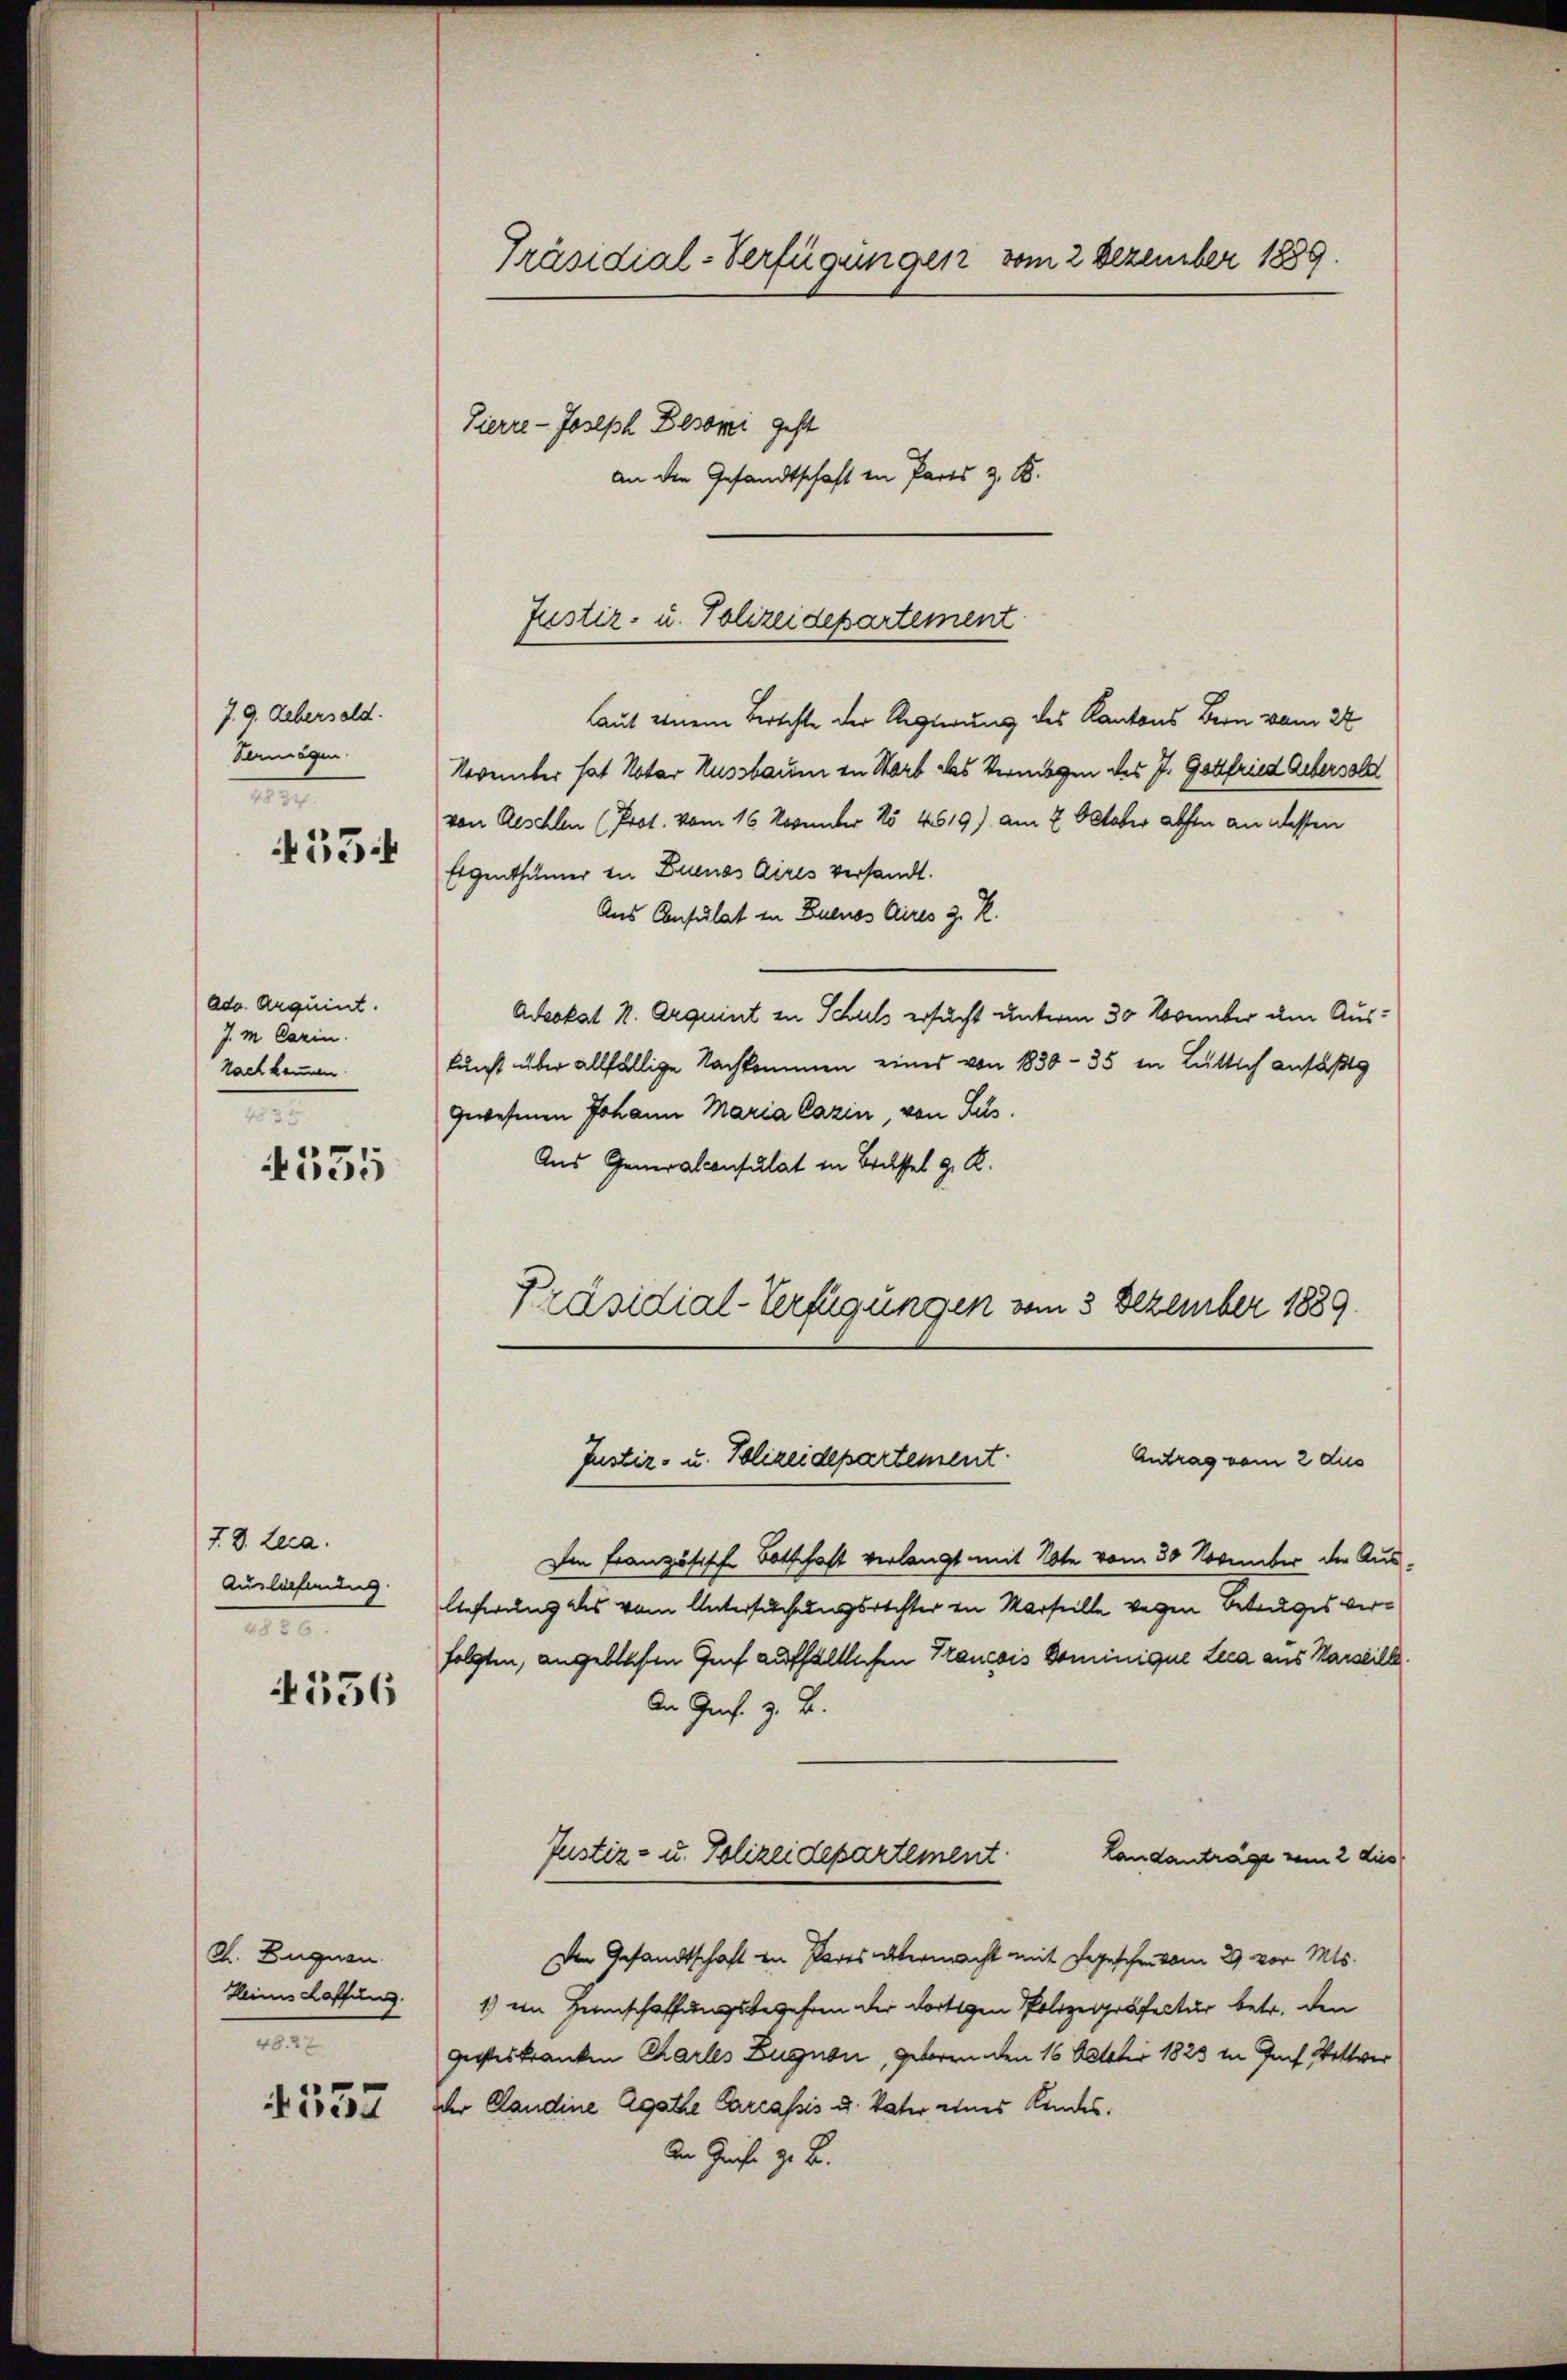
J. 9. Uebersald.
Vermögen.
t
55

ado. Arquint.
J. m Carin.
Nach kennen.
m

355

7. 8. Leca.
Auslechnung
II
4556

K. Eugnen.
Heines Caffung.
M

537

Präsidial-Verfügungen vom 2 Dezember 1889.
Zierre- Joseph Besoni geht
an die Gesandtschaft in Parts z. B.

laut einem Berichte der Regierung des Kantons Bern vom 24
November hat Notar Hussbaum in Worb des Vermögen des J. Gottfried Uebersold
von Aeschlen (Prot. vom 16. November No 4619) am 2. Oktober abhin an dessen
Eigenthümer in Duenos Aires versandt.
Aus Consulat in Buenos Aires z. R.
Adeokat N. Orquint in Schuls ersucht unterm 30 November um Auskunft über allfällige Nachkommen eines von 1830 - 35 in Lütlich anfaßte
gewesenen Johann Maria Cazin, von Sus.
Aus Generalconsulat in Brüssel z. R.
Präsidial-Verfügungen vom 3 Dezember 1889.
Antrag vom 2 die
Justiz- u. Polizeidepartement.
Im Französische Botschaft verlangt mit Note vom 30 November der Auslieferung des vom Untersuchungsrechter in Marseille wegen Betruges verfolgten, angeblichen Genf aufhältlichen Trancois Dominique Lica aus Marseille.
An Ges. z. B.
Justiz- u. Polizeidepartement.
Landanträge vom 2 dies
Der Gesandtschaft in Pares altermacht mit Segeschritten 29 vor. Mts.
1.) ein Heimschaffungsbegehren der dortigen Polizeipräfectur betr. den
gesteskranken Chartes Zugnon, geboren den 16 October 1823 in Fach Wettwer
der Candine Agathe Carcassis u. Vater eines Kindes¬
An Greife z. B.

Justiz- u. Polizeidepartement